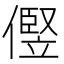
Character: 㒘